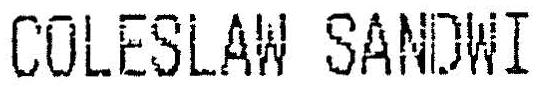
COLESLAW SANDWI